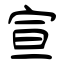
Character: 宣